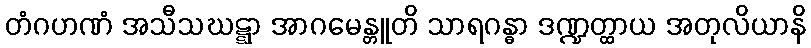
တံဂဟဏံ အသီသဃဋ္ဋာ အာဂမေန္တူတိ သာရဂန္ဓာ ဒဏ္ဍတ္ထာယ အတုလိယာနိ